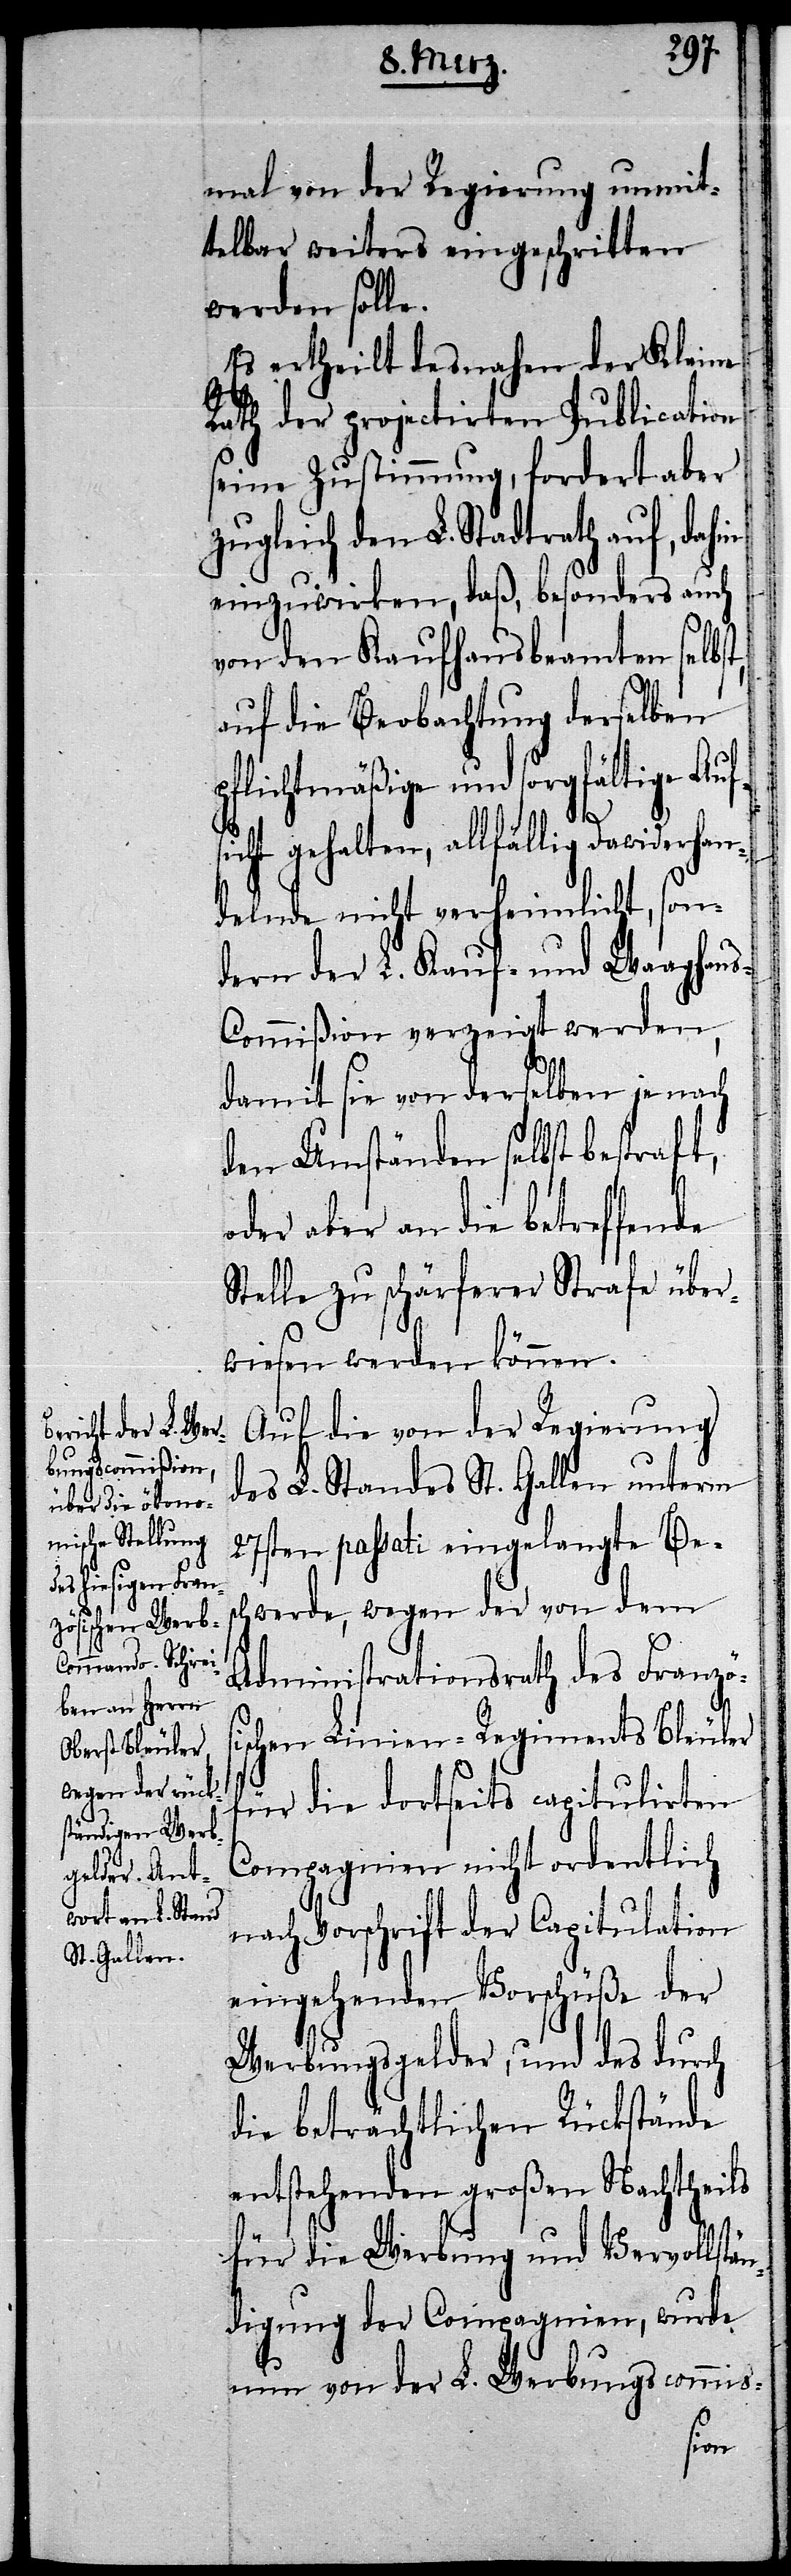
mal von der Regierung unmit¬
telbar weiters eingeschritten
werden solle.
Es ertheilt desnahen der Kleine
Rath der projectirten Publication
seine Zustimmung, fordert aber
zugleich den L. Stadtrath auf, dahin
einzuwirken, daß, besonders auch
von den Kaufhausbeamten selbst,
auf die Beobachtung derselben
pflichtmäßige und sorgfältige Auf¬
o¬
sicht gehalten, allfällig Dawiderhan¬
delnde nicht verheimlicht, son¬
dern der L. Kauf- und Waaghau¬
s-Commißion verzeigt werden,
damit sie von derselben je nach
den Umständen selbst bestraft,
der aber an die betreffende
Stelle zu schärferer Strafe über¬
wiesen werden können.
Auf die von der Regierung
des L. Standes St. Gallen unterm
27sten passati eingelangte Bes¬
chwerde, wegen der von dem
Administrationsrath des Französ¬
ischen Linien-Regiments Bleuler
für die dortseits capitulirten
Compagnien nicht ordentlich
nach Vorschrift der Capitulation
eingehenden Vorschüße der
Werbungsgelder, und des durch
die beträchtlichen Rückstände
entstehenden großen Nachtheils
für die Werbung und Vervollstä¬
ndigung der Compagnien, wurde
nun von der L. Werbungscommis-